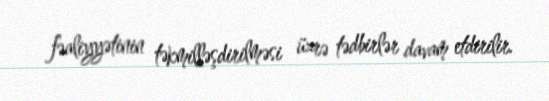
fəaliyyətinin təkmilləşdirilməsi üzrə tədbirlər davam etdirilir.